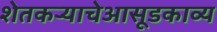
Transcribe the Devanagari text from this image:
शेतकऱ्याचेआसूडकाव्य